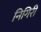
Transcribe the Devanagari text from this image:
निगिरी